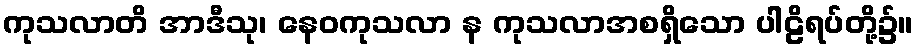
ကုသလာတိ အာဒီသု၊ နေဝကုသလာ န ကုသလာအစရှိသော ပါဠိရပ်တို့၌။